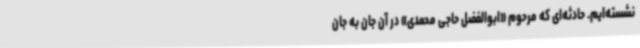
نشسته‌ایم. حادثه‌ای که مرحوم «ابوالفضل حاجی محمدی» در آن جان به جان